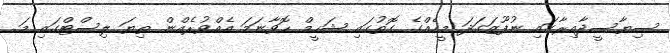
ސިޔާސީދާއިރާގައި ނުފޫޒަގަދަ މީހެއްގެ ގޮތުގައި ޝަހީމް ހޮވާނަމަ އެއްވުރެއްން ތިޔަ ލިސްޓްގައި މަ